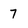
Character: 7